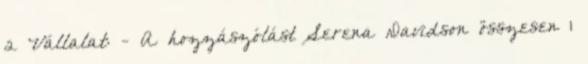
2 Vállalat: - A hozzászólást Serena Davidson összesen 1